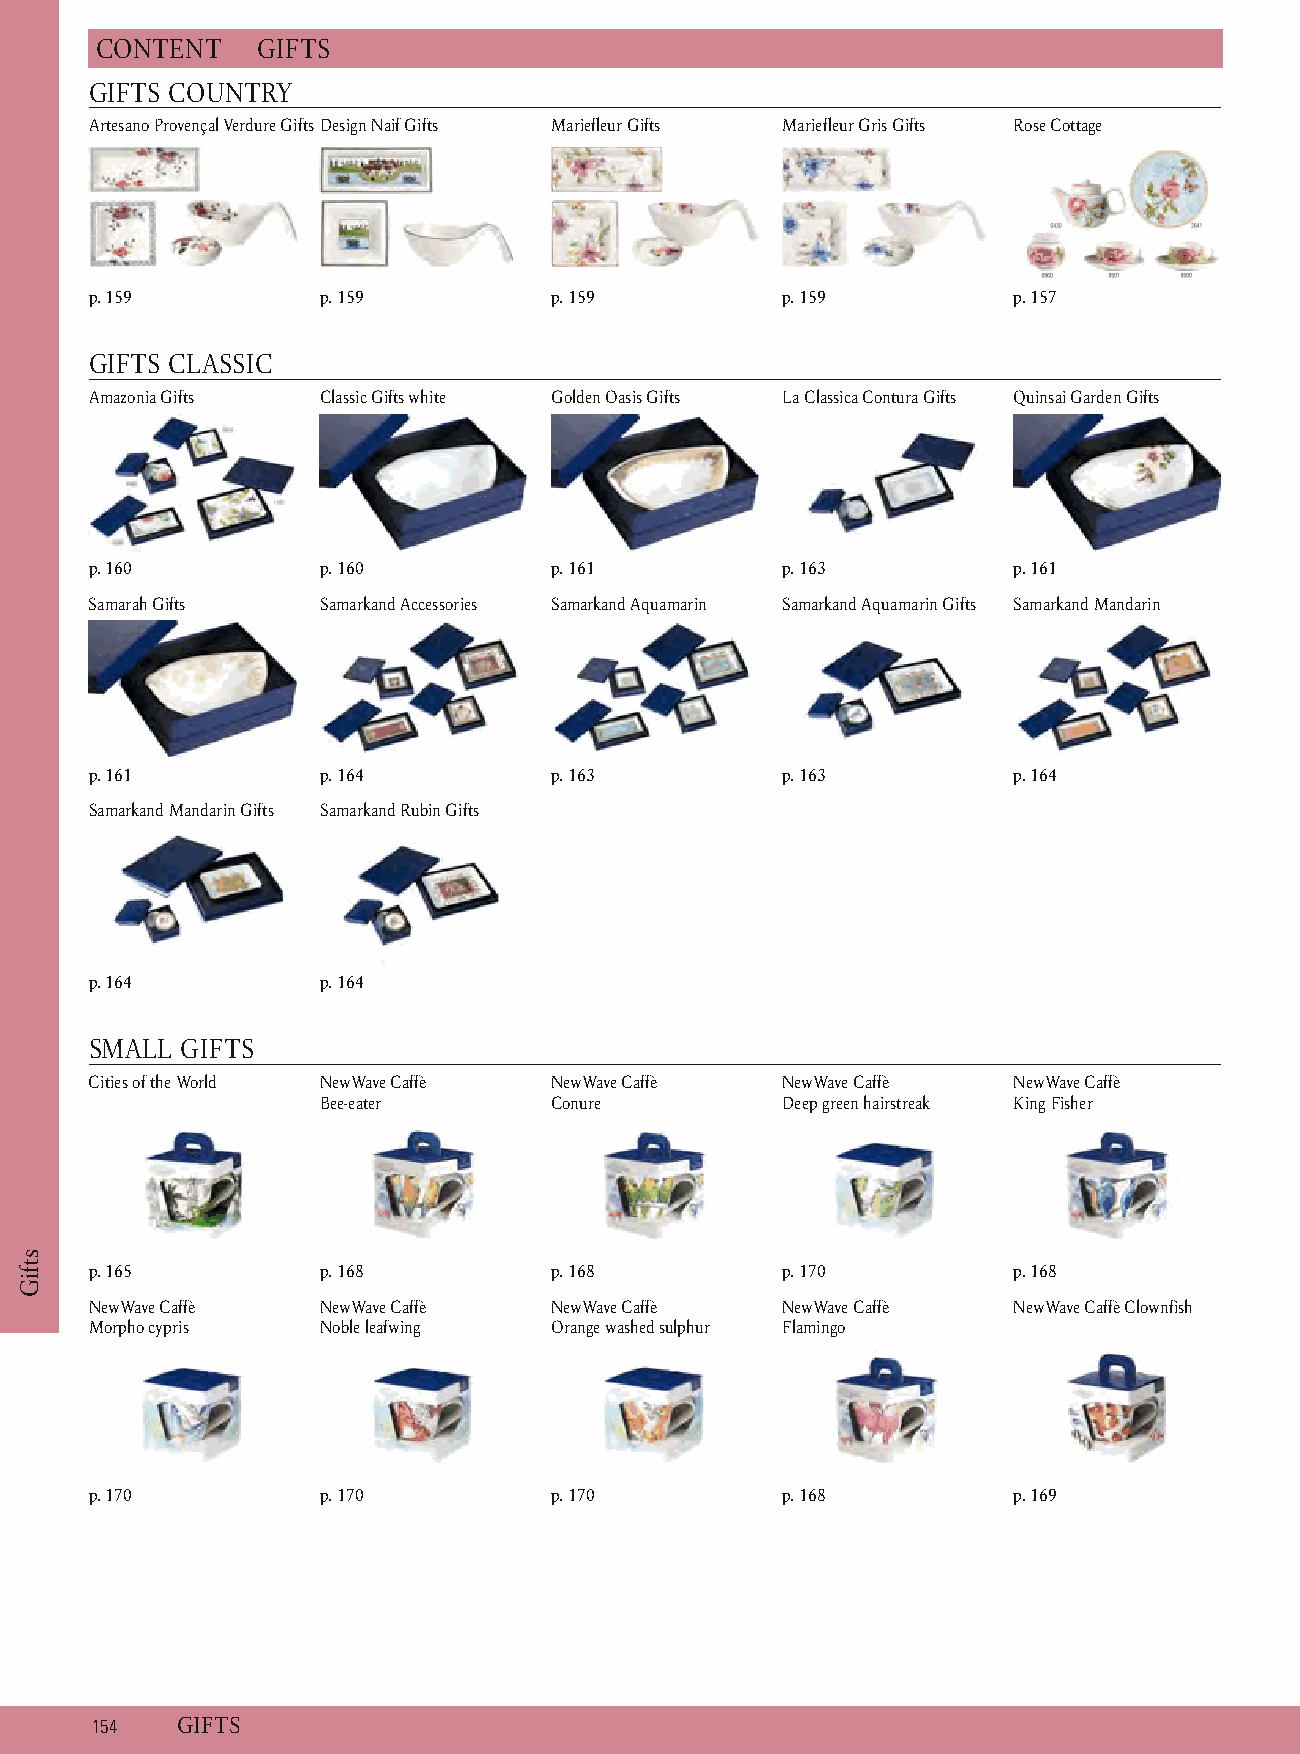
C ONTENT   G IFTS
 GIFTS COUNTRY
 Artesano Provençal Verdure Gifts D esign Naif Gifts Mariefleur Gifts Mariefleur Gris Gifts Rose Cottage
 p. 1 59        p . 159        p . 159         p . 159        p . 157
 GIFTS CLASSIC
 Amazonia Gifts Classic Gifts white Golden Oasis Gifts La Classica Contura Gifts Q uinsai Garden Gifts
 p. 1 60        p . 160        p . 161         p . 163        p . 161
 Samarah Gifts  Samarkand Accessories S amarkand Aquamarin Samarkand Aquamarin Gifts Samarkand Mandarin
 p. 1 61        p . 164        p . 163         p . 163        p . 164
 Samarkand Mandarin Gifts Samarkand Rubin Gifts
 p. 1 64        p . 164
 SMALL GIFTS
 Cities of the World NewWave Caffè NewWave Caffè NewWave Caffè NewWave Caffè
 Bee-eater      Conure          Deep green hairstreak King Fisher
 p. 1 65        p . 168        p . 168         p . 170        p . 168
 NewWave Caffè  NewWave Caffè  NewWave Caffè   NewWave Caffè  NewWave Caffè Clownfish
 Morpho cypris  Noble leafwing Orange washed sulphur Flamingo
 p. 1 70        p . 170        p . 170         p . 168        p . 169
 1 54  G IFTS
 stfiG